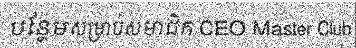
បន្ថែមសម្រាប់សមាជិក CEO Master Club